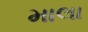
માલા